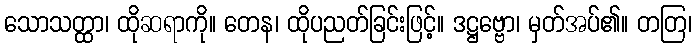
သောသတ္ထာ၊ ထိုဆရာကို။ တေန၊ ထိုပညတ်ခြင်းဖြင့်။ ဒဋ္ဌဗ္ဗော၊ မှတ်အပ်၏။ တတြ၊